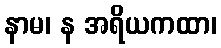
နာမ၊ န အရိယကထာ၊